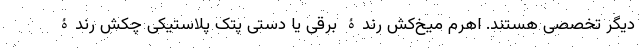
دیگر تخصصی هستند. اهرم میخ‌کش رندۀ برقی یا دستی پتک پلاستیکی چکش رندۀ